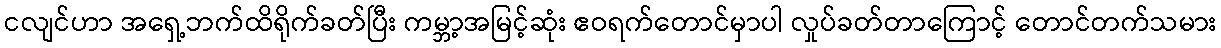
ငလျင်ဟာ အရှေ့ဘက်ထိရိုက်ခတ်ပြီး ကမ္ဘာ့အမြင့်ဆုံး ဧဝရက်တောင်မှာပါ လှုပ်ခတ်တာကြောင့် တောင်တက်သမား